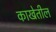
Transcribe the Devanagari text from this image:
काखेतील